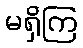
မရှိကြ